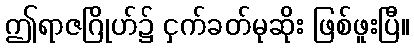
ဤရာဇဂြိုဟ်၌ ငှက်ခတ်မုဆိုး ဖြစ်ဖူးပြီ။